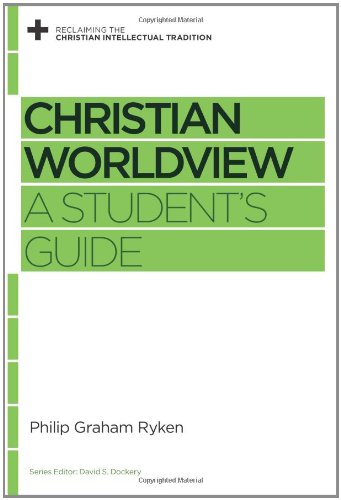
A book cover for Christian Worldview: A Student's Guide (Reclaiming the Christian Intellectual Tradition); Philip Graham Ryken; Religion & Spirituality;